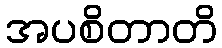
အပစိတာတိ